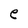
Character: e